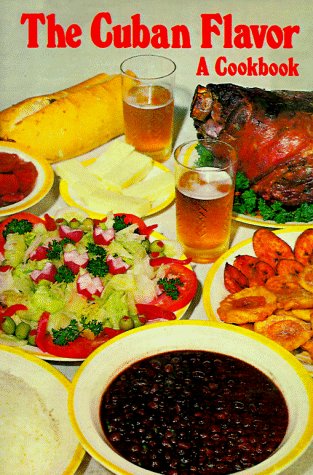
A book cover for The Cuban Flavor: A Cookbook; Raquel Rabade Roque; Cookbooks, Food & Wine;